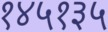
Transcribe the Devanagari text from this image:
१४५१३५